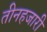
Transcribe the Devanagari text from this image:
तीनहजारी